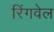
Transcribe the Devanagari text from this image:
रिंगवेल